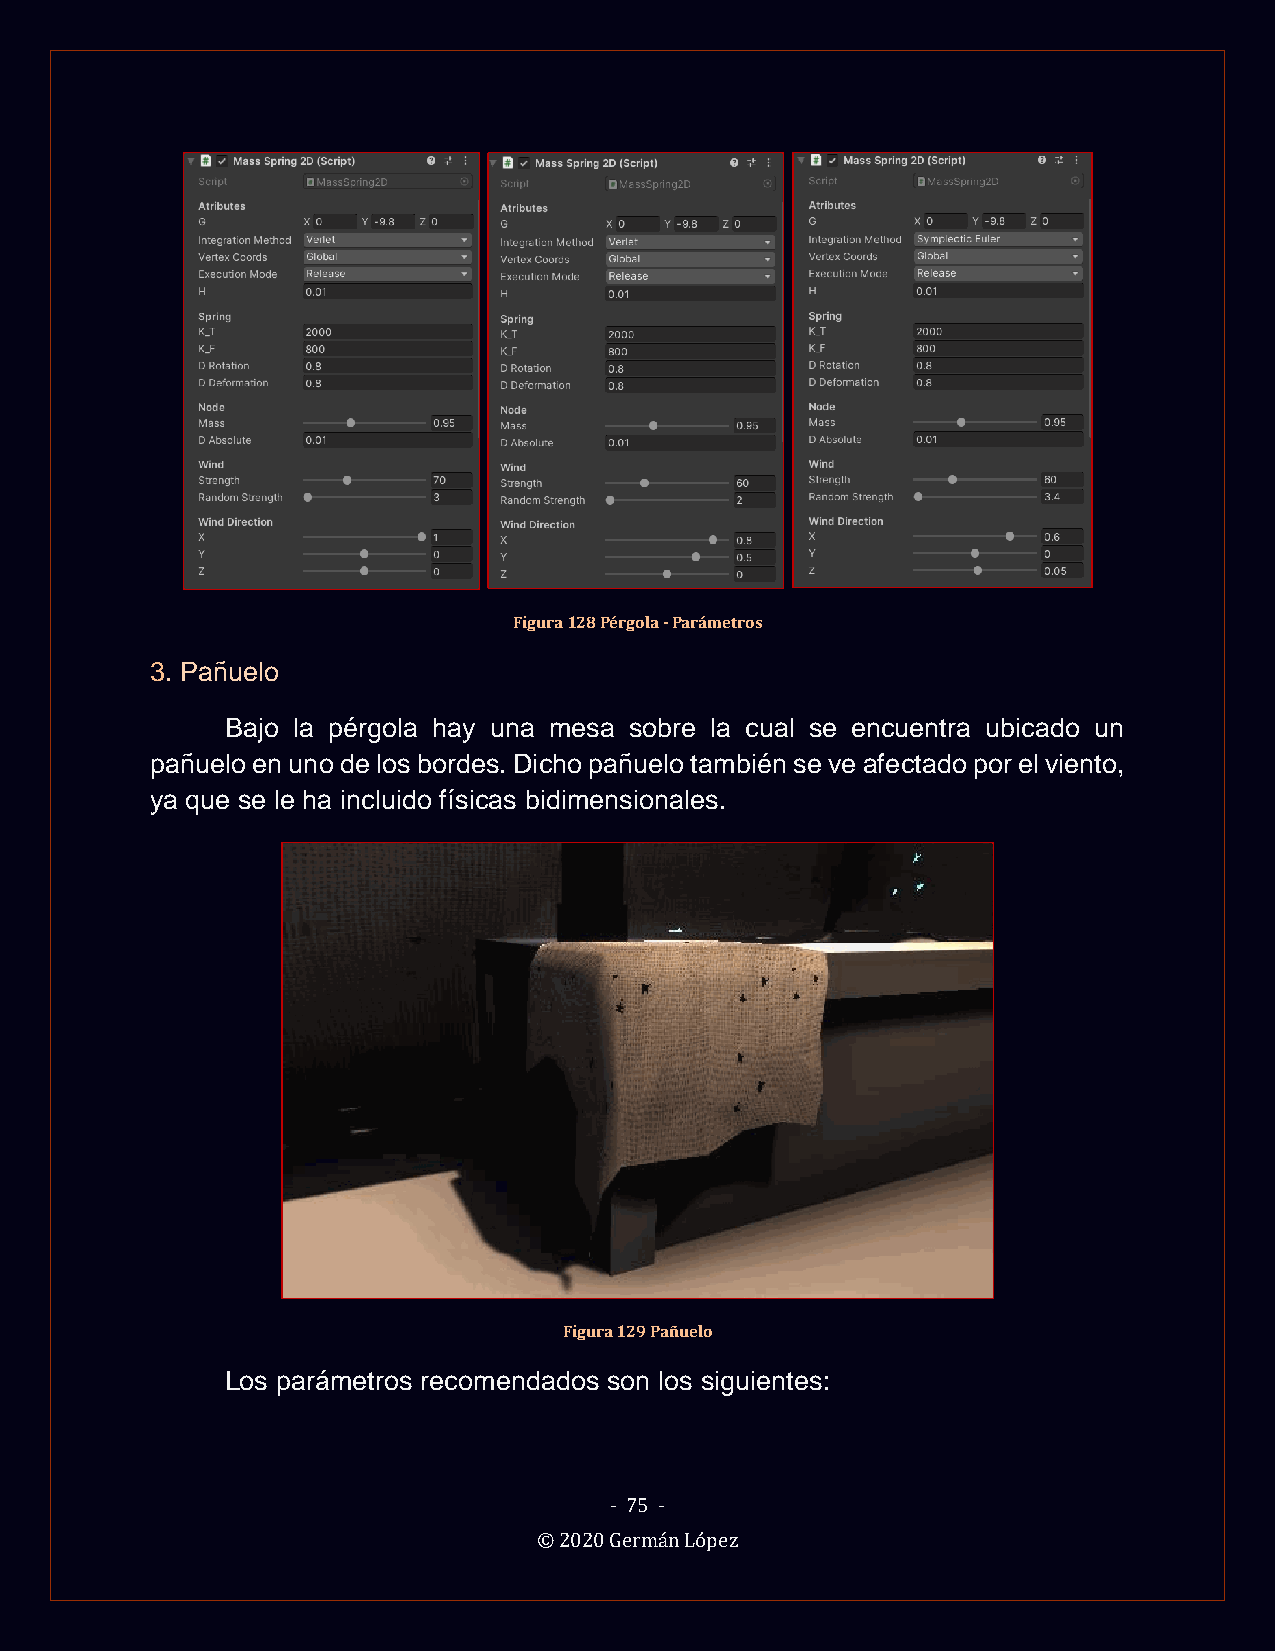
Figura 128 Pérgola - Parámetros
 3. Pañuelo
 Bajo la pérgola hay una mesa sobre la cual se encuentra ubicado un
 pañuelo en uno de los bordes. Dicho pañuelo también se ve afectado por el viento,
 ya que se le ha incluido físicas bidimensionales.
 Figura 129 Pañuelo
 Los parámetros recomendados son los siguientes:
 - 75 -
 © 2020 Germán López